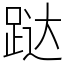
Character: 跶